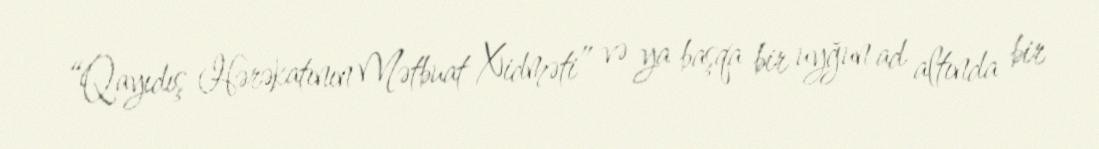
“Qayıdış Hərəkatının Mətbuat Xidməti” və ya başqa bir uyğun ad altında bir